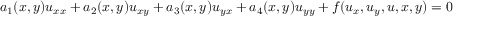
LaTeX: a _ { 1 } ( x , y ) u _ { x x } + a _ { 2 } ( x , y ) u _ { x y } + a _ { 3 } ( x , y ) u _ { y x } + a _ { 4 } ( x , y ) u _ { y y } + f ( u _ { x } , u _ { y } , u , x , y ) = 0